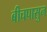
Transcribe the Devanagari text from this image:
बीचपासुन